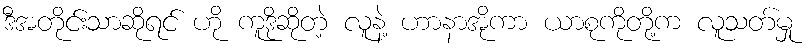
ဒီအတိုင်းသာဆိုရင် ဟို ကူဒိုဆိုတဲ့ လူနဲ့ ဟာနာအိုကာ ယာစုကိုတို့က လူသတ်မှု